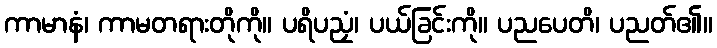
ကာမာနံ၊ ကာမတရားတိုကို။ ပရိပညှံ၊ ပယ်ခြင်းကို။ ပညပေတိ၊ ပညတ်၏။